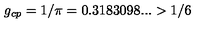
g _ { c p } = 1 / \pi = 0 . 3 1 8 3 0 9 8 . . . > 1 / 6